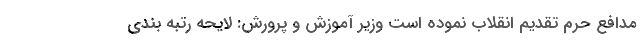
مدافع حرم تقدیم انقلاب نموده است وزیر آموزش و پرورش: لایحه رتبه بندی